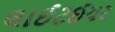
લાઈટઈયર